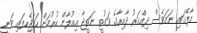
މާލޭގައި ނަމަވެސް ދިއްގަރު ދާއިރާގެ ވަގުތީ ނަތީޖާ އިއުލާން ކުރުމަށް ހަމަޖެހިފައި ވަނީ